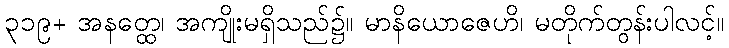
၃၁၉+ အနတ္ထေ၊ အကျိုးမရှိသည်၌။ မာနိယောဇေဟိ၊ မတိုက်တွန်းပါလင့်။